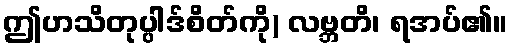
ဤဟသိတုပ္ပါဒ်စိတ်ကို) လဗ္ဘတိ၊ ရအပ်၏။